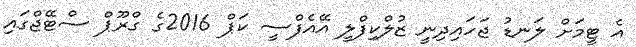
އެ ޓީމަށް ލަނޑު ޖަހައިދިނީ ޒުލްކިފްލީ އޭއެފްސީ ކަޕް 2016ގެ ގްރޫޕް ސްޓޭޖްގައި